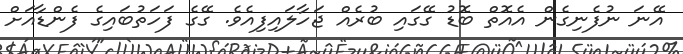
އޭނަ ނުފެނިގެން އެއޮތް ބޮޑު ގޭގައި ބުރެއް ޖަހާލައިފިއެވެ. ގޭގެ ފަހަތުބައިގެ ފެންޑާއަށް